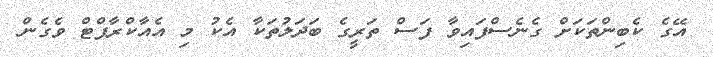
އޭގެ ކެބިންތަކަށް ގެނެސްފައިވާ ފަސް ތަރީގެ ބަދަލުތަކާ އެކު މި އެއާކްރާފްޓް ވެގެން